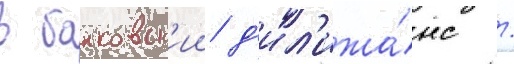
в банковск'ии д'ил'ижа́нс /